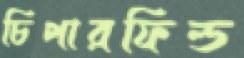
চিপারফিল্ড